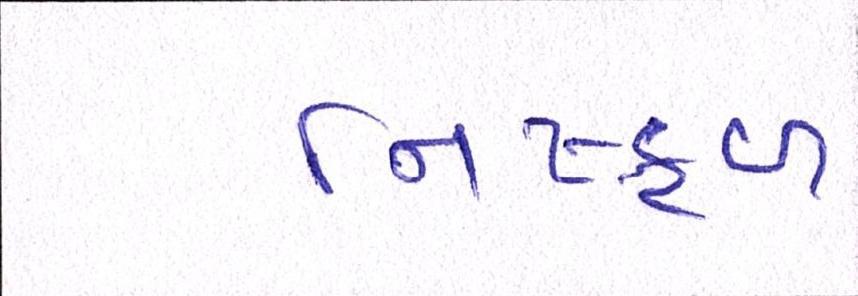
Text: નિષ્ફળ